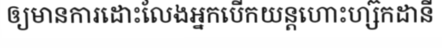
ឲ្យមានការដោះលែងអ្នកបើកយន្តហោះហ្ស៊កដានី